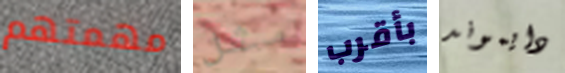
مهمتهم مثل بأقرب دايموند